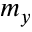
m _ { y }